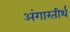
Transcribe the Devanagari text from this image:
अंगारतीर्थ